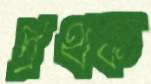
প্রথক